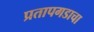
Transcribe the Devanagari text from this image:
प्रतापगडाचा